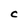
Character: C